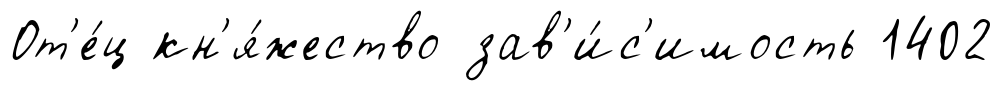
От'е́ц кн'я́жество зав'и́с'имость 1402